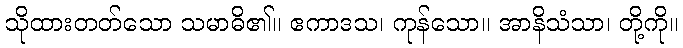
သိုထားတတ်သော သမာဓိ၏။ ဧကာဒသ၊ ကုန်သော။ အာနိသံသာ၊ တို့ကို။